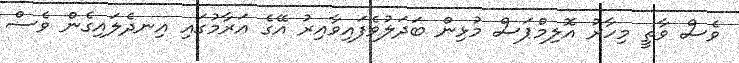
ވެސް ވާތީ މިހާރު އޮލިމްޕަސް މުޅިން ބަދަލުވެފައިވާއިރު އޭގެ އަރާމުގައި އިނދެލައިގެން ވެސް